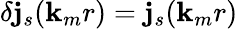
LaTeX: \delta\mathbf{j}_{s}({\mathbf{{k}}}_{m}r)=\mathbf{j}_{s}({\mathbf{{k}}}_{m}r)